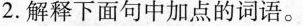
2.解释下面句中加点的词语。